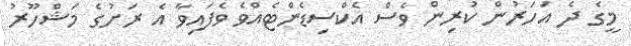
މީގެ ދެ އަހަރުން ކުރިން ވެސް އެކްސިޑެންޓެއްވެ ވެފައިވާ އެ ރަށުގެ މަޝްހޫރު